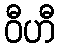
ဝီဟီ